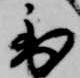
到